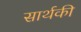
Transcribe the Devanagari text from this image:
सार्थकी